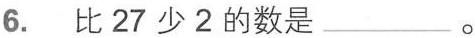
6. 比27少2的数是___。